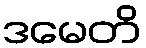
ဒမေတိ